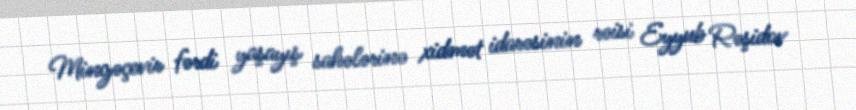
Mingəçevir fərdi yaşayış sahələrinə xidmət idarəsinin rəisi Eyyub Rəşidov